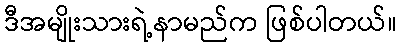
ဒီအမျိုးသားရဲ့နာမည်က ဖြစ်ပါတယ်။